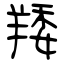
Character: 䍴